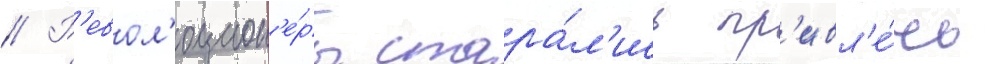
// Р'евол'юцион'е́ры стара́л'ись пр'ивл'е́чь